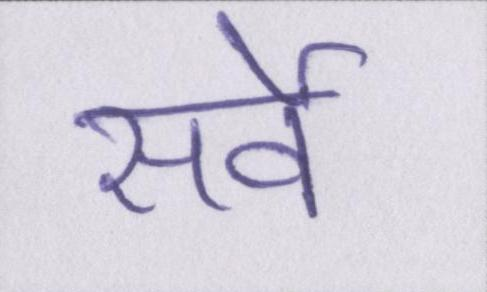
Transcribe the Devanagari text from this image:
सर्वे